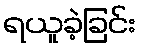
ရယူခဲ့ခြင်း